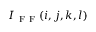
I _ { \mathrm { ~ F ~ F ~ } } ( i , j , k , l )